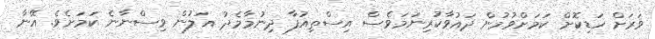
ވަރަށް ހަޑިކޮށް ކަމަށްވުމުން ދައުވާކުރިނަމަވެސް އިސްތިއުފާ ދިނުމާމެދު އަލުން ވިސްނާނެ ކަމަށެވެ. އޭނާ